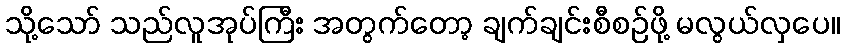
သို့သော် သည်လူအုပ်ကြီး အတွက်တော့ ချက်ချင်းစီစဉ်ဖို့ မလွယ်လှပေ။